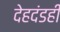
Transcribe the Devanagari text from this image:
देहदंडही